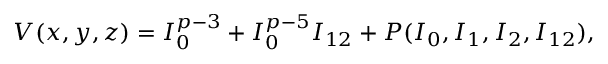
V ( x , y , z ) = I _ { 0 } ^ { p - 3 } + I _ { 0 } ^ { p - 5 } I _ { 1 2 } + { \cal P } ( I _ { 0 } , I _ { 1 } , I _ { 2 } , I _ { 1 2 } ) ,